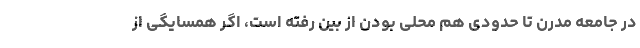
در جامعه مدرن تا حدودی هم محلی بودن از بین رفته است، اگر همسایگی از